Annual administration report of the Civil Veterinary Department of India - 1902-1903
Year: 1902
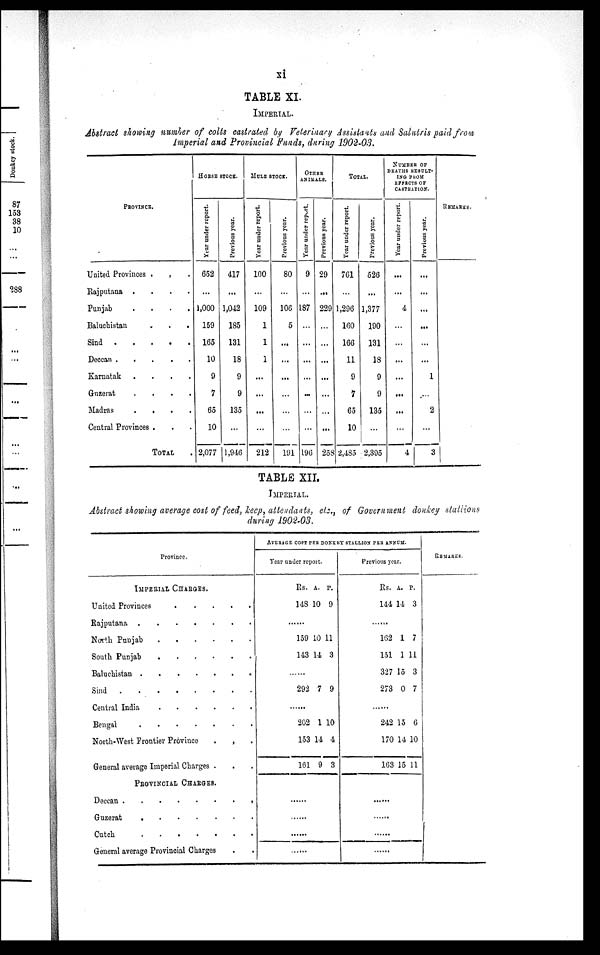
xi
TABLE XI
IMPERIAL.
Abstract showing number of colts castrated by Veterinary Assistants and Salutris paid from
Imperial and Provincial Funds, during 1902-03.
PROVINCE.
United Provinces . . .
Rajputana .
.
.
.
Punjab
.
.
.
.
Baluchistan
.
.
.
Sind
.
.
.
.
Deccan
.
.
.
.
Karnatak .
.
.
.
Guzerat
.
.
.
.
Madras
.
.
.
.
Central Provinces . . . .
TOTAL .
HORSE STOCK.
Year under report.
652
...
1,000
159
165
10
9
7
65
10
2,077
Previous year.
417
...
1,042
185
131
18
9
9
135
...
11,946
MULE STOCK.
Year under report.
100
...
109
1
1
1
...
...
...
...
212
Previous year.
80
...
106
5
...
...
...
...
...
...
191
OTHER
ANIMALS.
Year under report.
9
...
187
...
...
...
...
...
...
...
196
Previous year.
29
...
229
...
...
...
...
...
...
...
258
TOTAL.
Year under report.
761
...
1,296
160
166
11
9
7
65
10
2,485
Previous year.
526
...
1,377
190
131
18
9
9
135
...
2,395
NUMBER OF
DEATHS RESULT¬
ING FROM
EFFECTS OF
CASTRATION.
Year under report.
...
...
4
...
...
...
...
...
...
...
4
Previous year.
...
...
...
...
...
...
1
...
2
...
3
REMARKS.
|
TABLE XII.
IMPERIAL.
Abstract showing average cost of feed, keep, attendants, etc., of Government donkey stallions
daring 1902-03.
Province.
IMPERIAL CHARGES.
United Provinces
.
.
.
.
Rajputana
.
.
.
.
.
.
North Punjab
.
.
.
.
.
.
South Punjab
.
.
.
.
.
.
Baluchistan
.
.
.
.
.
.
Sind . . . . . . . .
Central India
.
.
.
.
.
.
Bengal
.
.
.
.
.
.
.
North-West Frontier Province . . .
General average Imperial Charges . . .
PROVINCIAL CHARGES.
Deccan
.
.
.
.
.
.
.
.
Guzerat
.
.
.
.
.
.
.
.
Cutch
.
.
.
.
.
.
.
General average Provincial Charges . .
AVERAGE COST PER DONKEY STALLION PER ANNUM.
Year under report.
Rs.
148
A.
10
P.
9
......
159
143
10
14
11
3
......
292 7 9
......
202
153
161
1
14
9
10
4
3
......
......
......
......
Previous year.
Rs.
144
A.
14
P.
3
......
162
151
327
273
1
1
15
0
7
11
3
7
......
242
170
163
15
14
15
6
10
11
......
......
......
REMARKS.